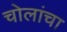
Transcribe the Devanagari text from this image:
चोलांचा